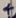
Text: +